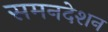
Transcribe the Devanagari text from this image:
समनदेशन